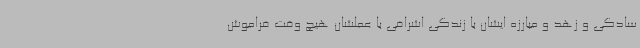
سادگی و زهد و مبارزه ایشان با زندگی اشرافی با عملشان هیچ وقت فراموش